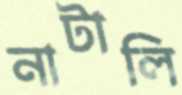
নাটালি